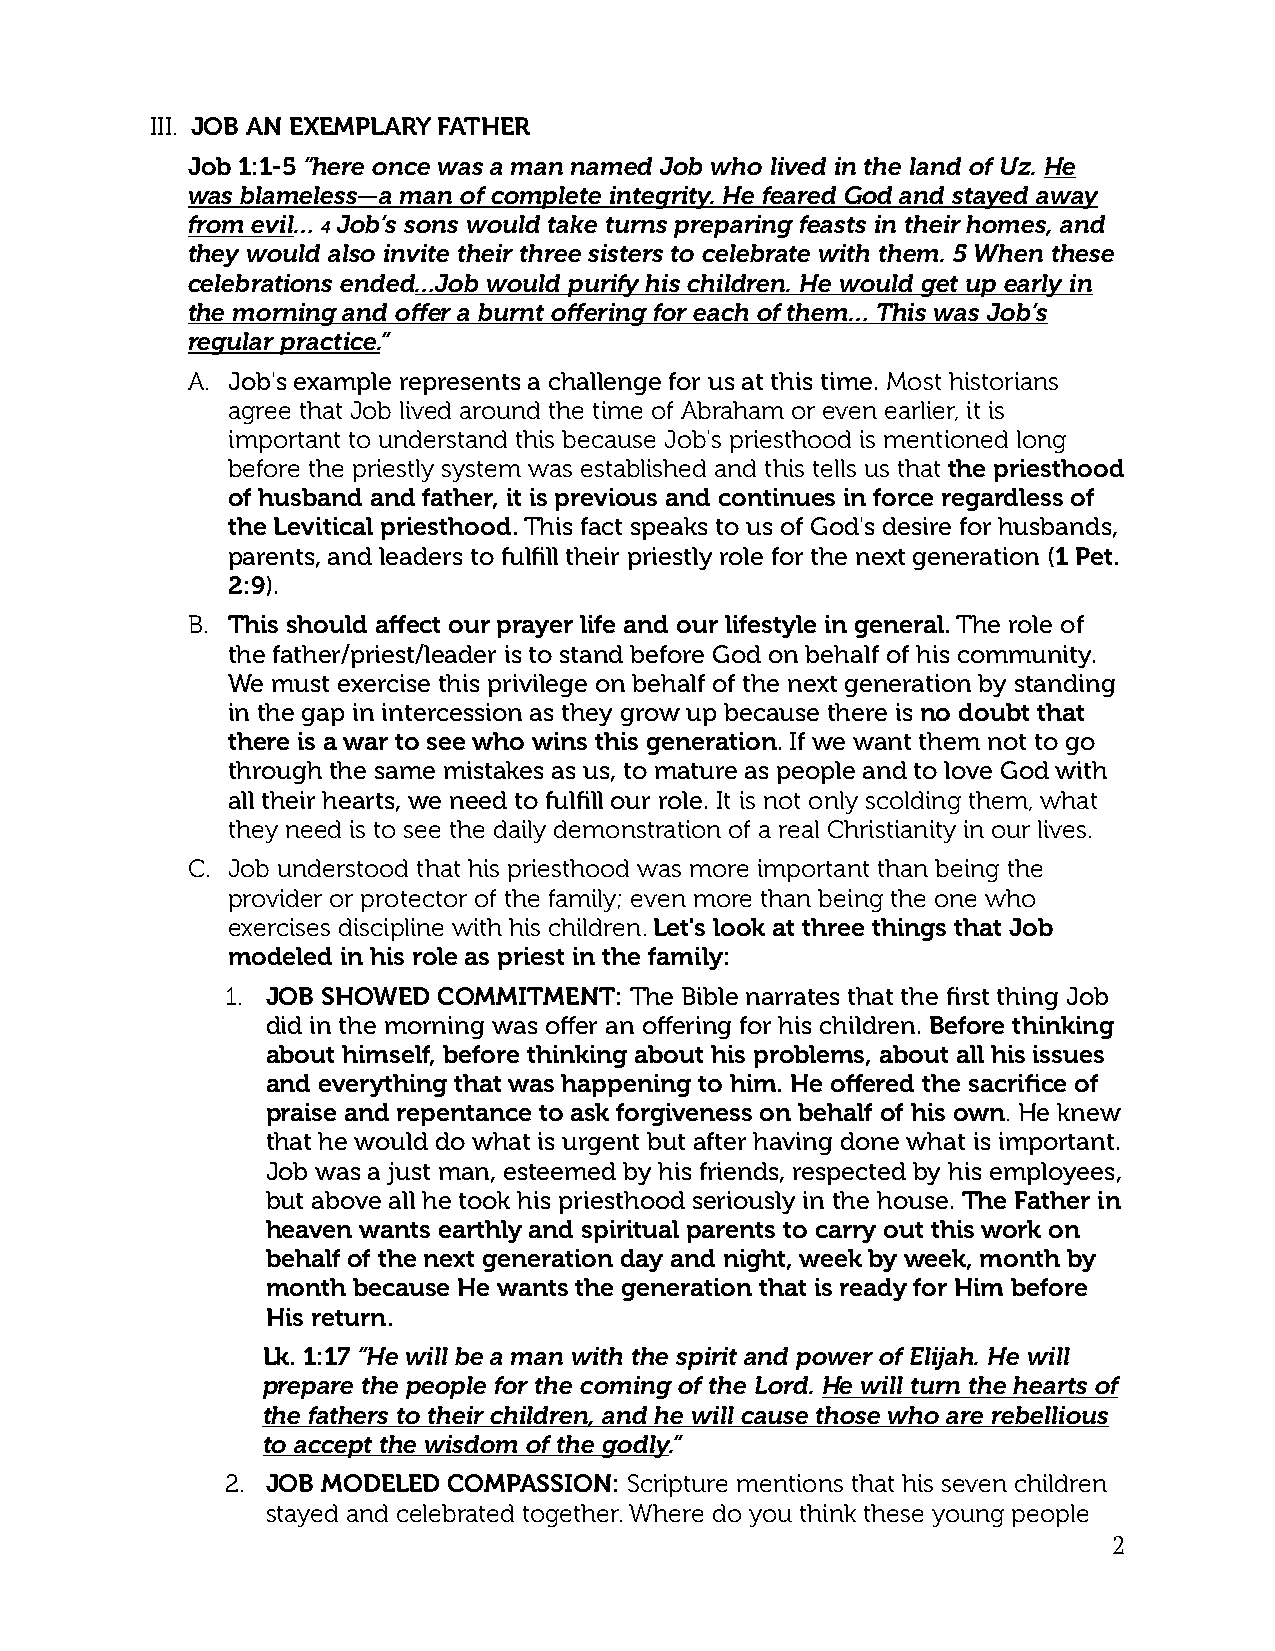
III. JOB AN EXEMPLARY FATHER
 Job 1:1-5 “here once was a man named Job who lived in the land of Uz. He
 was blameless—a man of complete integrity. He feared God and stayed away
 from evil… 4 Job’s sons would take turns preparing feasts in their homes, and
 they would also invite their three sisters to celebrate with them. 5 When these
 celebrations ended…Job would purify his children. He would get up early in
 the morning and offer a burnt offering for each of them… This was Job’s
 regular practice.”
 A. Job's example represents a challenge for us at this time. Most historians
 agree that Job lived around the time of Abraham or even earlier, it is
 important to understand this because Job's priesthood is mentioned long
 before the priestly system was established and this tells us that the priesthood
 of husband and father, it is previous and continues in force regardless of
 the Levitical priesthood. This fact speaks to us of God's desire for husbands,
 parents, and leaders to fulfill their priestly role for the next generation (1 Pet.
 2:9).
 B. This should affect our prayer life and our lifestyle in general. The role of
 the father/priest/leader is to stand before God on behalf of his community.
 We must exercise this privilege on behalf of the next generation by standing
 in the gap in intercession as they grow up because there is no doubt that
 there is a war to see who wins this generation. If we want them not to go
 through the same mistakes as us, to mature as people and to love God with
 all their hearts, we need to fulfill our role. It is not only scolding them, what
 they need is to see the daily demonstration of a real Christianity in our lives.
 C. Job understood that his priesthood was more important than being the
 provider or protector of the family; even more than being the one who
 exercises discipline with his children. Let's look at three things that Job
 modeled in his role as priest in the family:
 1. JOB SHOWED COMMITMENT:  The Bible narrates that the first thing Job
 did in the morning was offer an offering for his children. Before thinking
 about himself, before thinking about his problems, about all his issues
 and everything that was happening to him. He offered the sacrifice of
 praise and repentance to ask forgiveness on behalf of his own. He knew
 that he would do what is urgent but after having done what is important.
 Job was a just man, esteemed by his friends, respected by his employees,
 but above all he took his priesthood seriously in the house. The Father in
 heaven wants earthly and spiritual parents to carry out this work on
 behalf of the next generation day and night, week by week, month by
 month because He wants the generation that is ready for Him before
 His return.
 Lk. 1:17 “He will be a man with the spirit and power of Elijah. He will
 prepare the people for the coming of the Lord. He will turn the hearts of
 the fathers to their children, and he will cause those who are rebellious
 to accept the wisdom of the godly.”
 2. JOB MODELED COMPASSION: Scripture mentions that his seven children
 stayed and celebrated together. Where do you think these young people
 2